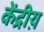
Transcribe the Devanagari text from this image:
केंद्रीय़